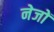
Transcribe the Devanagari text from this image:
नेजों